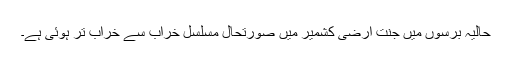
حالیہ برسوں میں جنت ارضی کشمیر میں صورتحال مسلسل خراب سے خراب تر ہوئی ہے۔